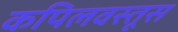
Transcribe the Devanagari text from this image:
कपिलवस्तूस